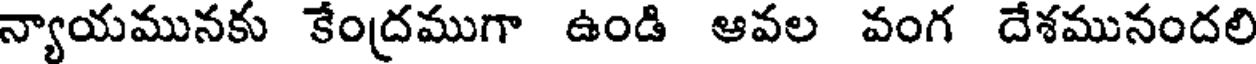
న్యాయమునకు కేంద్రముగా ఉండి ఆవల వంగ దేశమునందలి